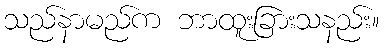
သည်နာမည်က ဘာထူးခြားသနည်း။